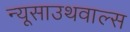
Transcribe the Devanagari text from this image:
न्यूसाउथवाल्स